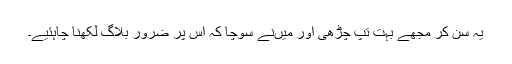
یہ سن کر مجھے بہت تپ چڑھی اور میں‌نے سوچا کہ اس پر ضرور بلاگ لکھنا چاہئیے۔